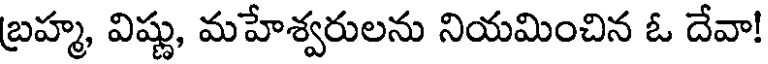
బ్రహ్మ, విష్ణు, మహేశ్వరులను నియమించిన ఓ దేవా!